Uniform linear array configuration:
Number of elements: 16
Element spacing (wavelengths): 0.75
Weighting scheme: hann
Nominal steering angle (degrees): -60
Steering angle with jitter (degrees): -60.814
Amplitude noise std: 0.05
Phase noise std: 0.05

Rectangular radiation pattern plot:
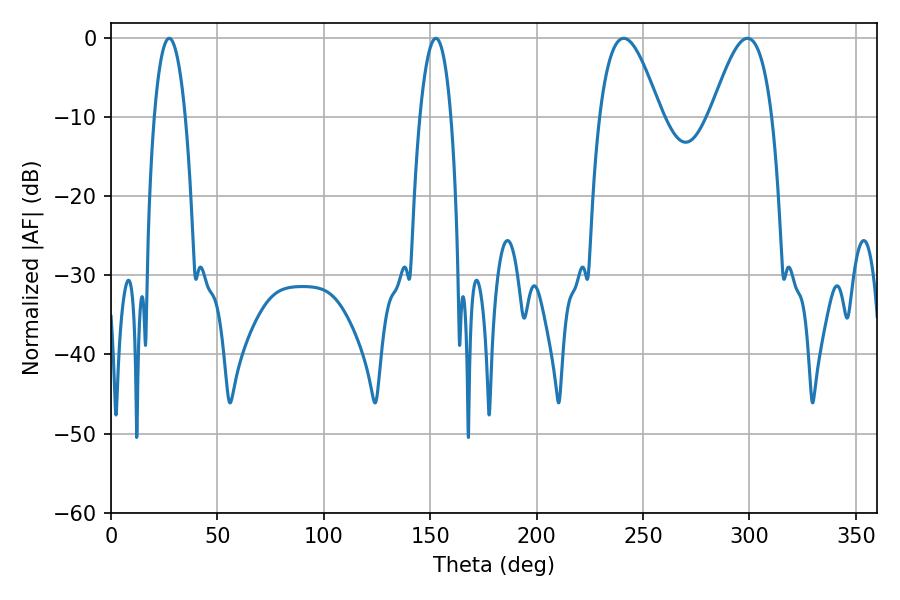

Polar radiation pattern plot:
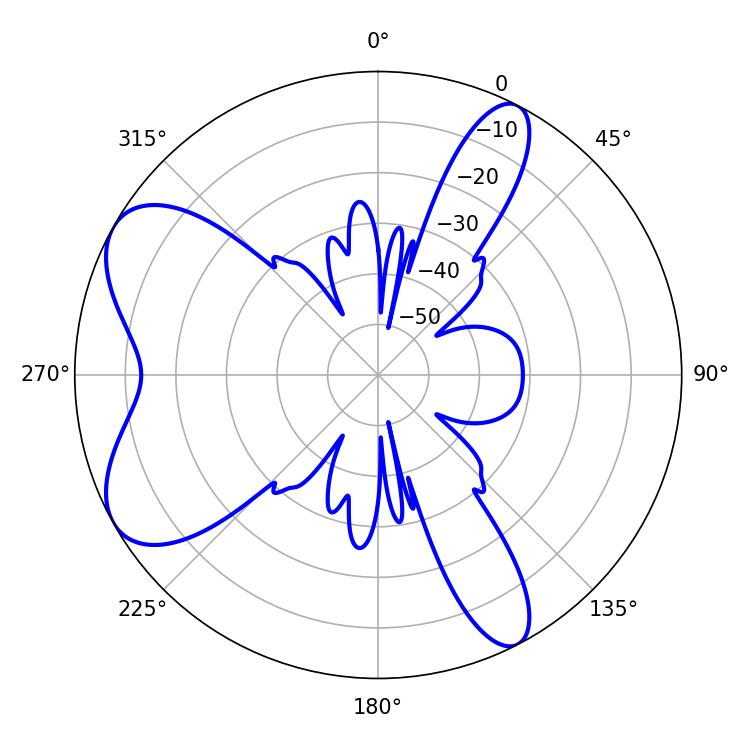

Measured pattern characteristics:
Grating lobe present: TRUE
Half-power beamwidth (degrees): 8.1
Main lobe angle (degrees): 152.64